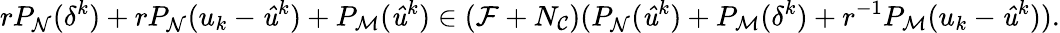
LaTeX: rP_{\mathrm{\mathcal{N}}}(\delta^{k})+rP_{\mathrm{\mathcal{N}}}(u_{k}-\mathit{\hat{u}}^{k})+P_{\mathrm{\mathcal{M}}}(\mathit{\hat{u}}^{k})\in(\mathrm{\mathcal{F}}+N_{\mathrm{\mathcal{C}}})(P_{\mathrm{\mathcal{N}}}(\mathit{\hat{u}}^{k})+P_{\mathrm{\mathcal{M}}}(\delta^{k})+r^{-1}P_{\mathrm{\mathcal{M}}}(u_{k}-\mathit{\hat{u}}^{k})).